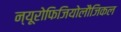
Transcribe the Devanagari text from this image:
न्यूरोफिजियोलौजिकल